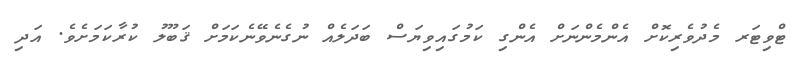
ޓްވިޓަރ މެދުވެރިކޮށް އެންމެންނަށް އެންގި ކަމުގައިވިޔަސް ބަދަލެއް ނުގެނެވޭނެކަމަށް ޤަބޫލު ކުރާކަމަށެވެ. އަދި